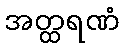
အတ္ထရဏံ